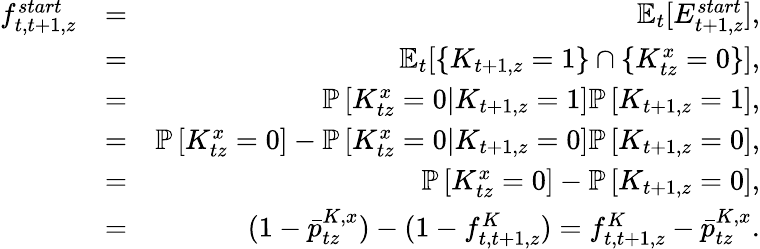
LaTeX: \begin{array}{rlr}{f_{t,t+1,z}^{start}}&{=}&{\mathbb{E}_{t}[E_{t+1,z}^{start}],}\\ &{=}&{\mathbb{E}_{t}[\{ K_{t+1,z}=1\} \cap\{ K_{tz}^{x}=0\} ],}\\ &{=}&{\mathbb P\left[K_{tz}^{x}=0|K_{t+1,z}=1\right]\mathbb P\left[K_{t+1,z}=1\right],}\\ &{=}&{\mathbb P\left[K_{tz}^{x}=0\right]-\mathbb P\left[K_{tz}^{x}=0|K_{t+1,z}=0\right]\mathbb P\left[K_{t+1,z}=0\right],}\\ &{=}&{\mathbb P\left[K_{tz}^{x}=0\right]-\mathbb P\left[K_{t+1,z}=0\right],}\\ &{=}&{(1-\bar{p}_{tz}^{K,x})-(1-f_{t,t+1,z}^{K})=f_{t,t+1,z}^{K}-\bar{p}_{tz}^{K,x}.}\end{array}